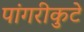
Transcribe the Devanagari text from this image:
पांगरीकुटे